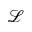
\mathcal { L }